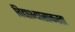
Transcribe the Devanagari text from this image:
विद्याभ्यासाकरता